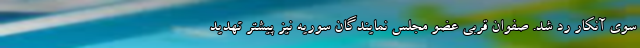
سوی آنکار رد شد. صفوان قربی عضو مجلس نمایندگان سوریه نیز پیشتر تهدید